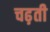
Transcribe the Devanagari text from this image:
चढ़़ती